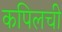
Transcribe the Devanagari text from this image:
कपिलची